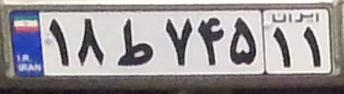
۱۸ط۷۴۵۱۱